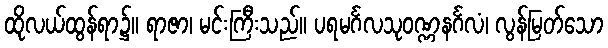
ထိုလယ်ထွန်ရာ၌။ ရာဇာ၊ မင်းကြီးသည်။ ပရမင်္ဂလသုဝဏ္ဏနင်္ဂလံ၊ လွန်မြတ်သော